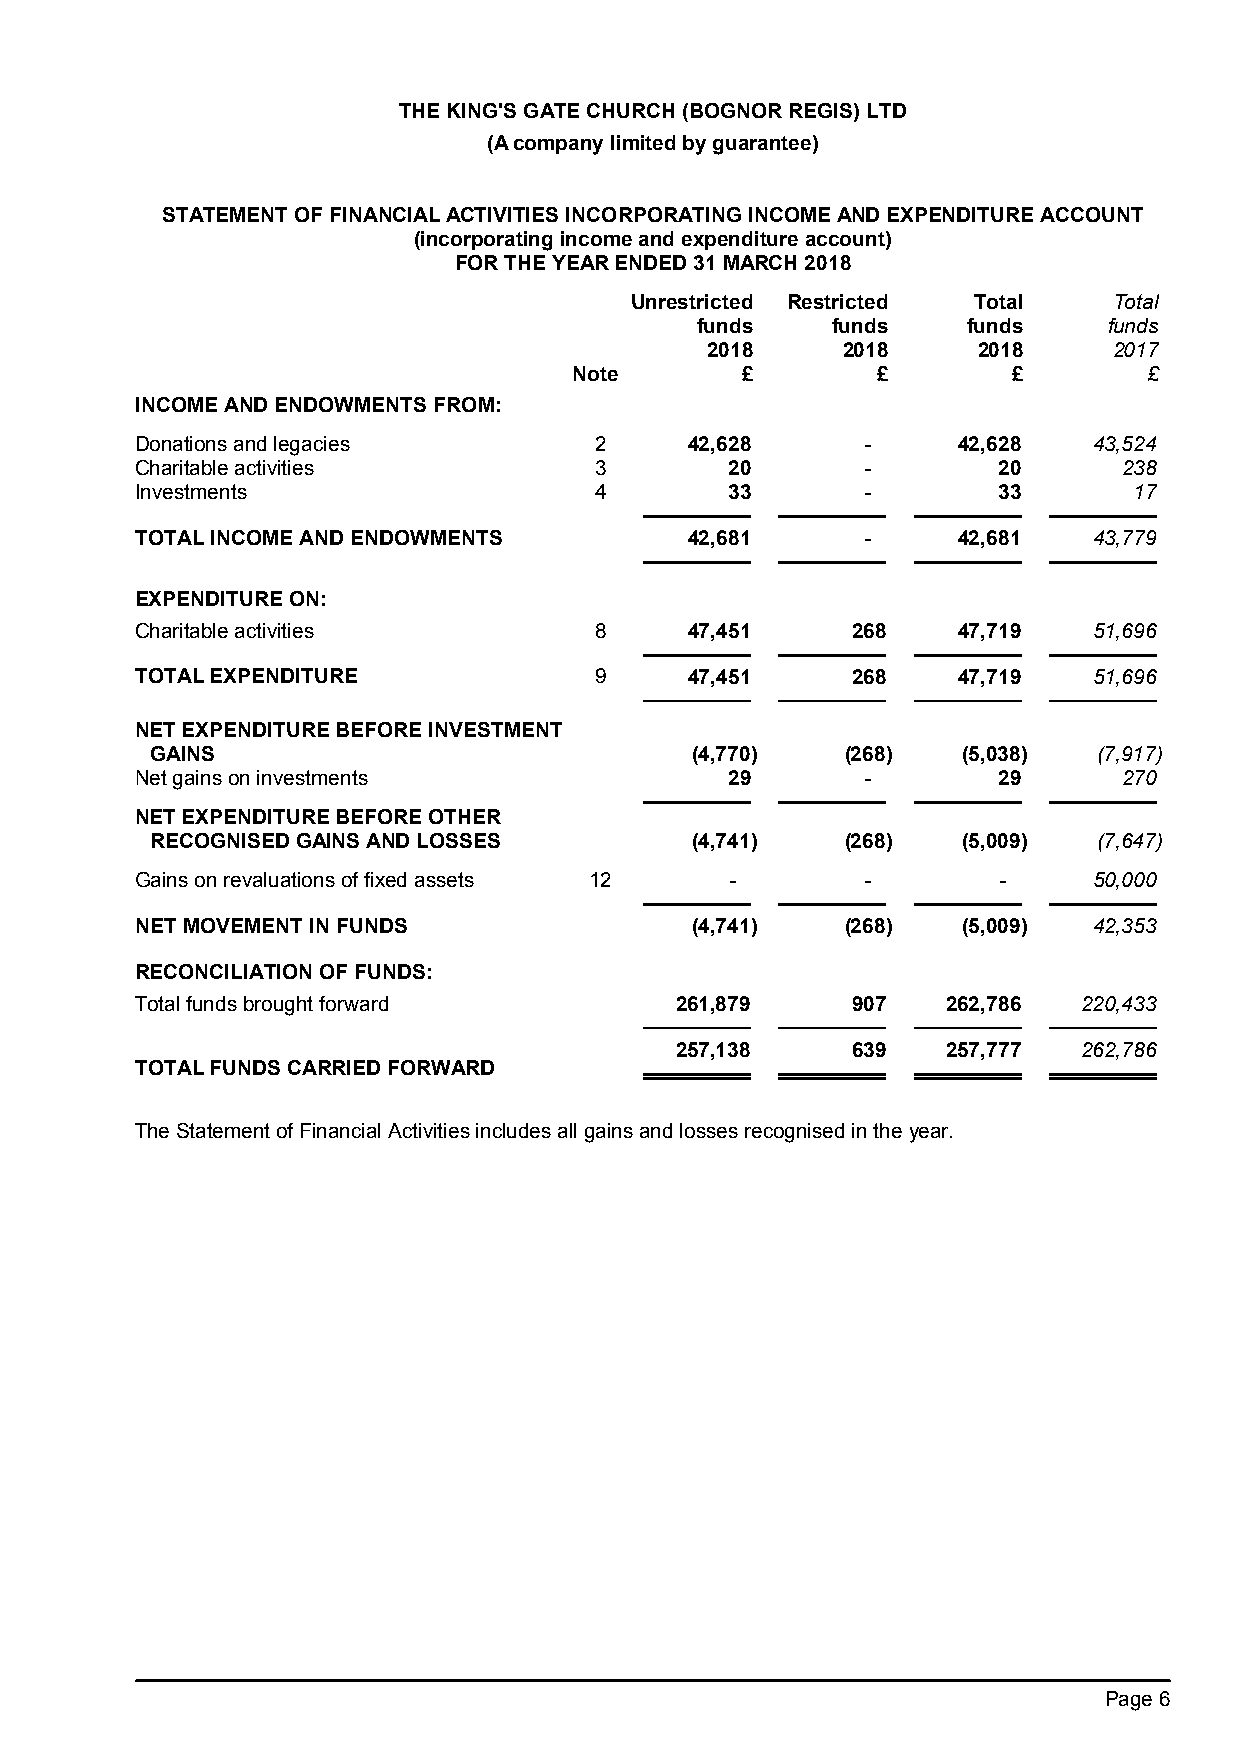
THE KING'S GATE CHURCH (BOGNOR REGIS) LTD
 (A company limited by guarantee)
 STATEMENT OF FINANCIAL ACTIVITIES INCORPORATING INCOME AND EXPENDITURE ACCOUNT
 (incorporating income and expenditure account)
 FOR THE YEAR ENDED 31 MARCH 2018
 Unrestricted Restricted Total   Total
 funds    funds    funds    funds
 2018     2018     2018     2017
 Note       £        £        £        £
 INCOME AND ENDOWMENTS FROM:
 Donations and legacies        2      42,628     -     42,628   43,524
 Charitable activities         3        20       -        20      238
 Investments                   4        33       -        33       17
 TOTAL INCOME AND ENDOWMENTS          42,681     -     42,681   43,779
 EXPENDITURE ON:
 Charitable activities         8      47,451    268    47,719   51,696
 TOTAL EXPENDITURE             9      47,451    268    47,719   51,696
 NET EXPENDITURE BEFORE INVESTMENT
 GAINS                               (4,770)   (268)   (5,038)  (7,917)
 Net gains on investments               29       -        29      270
 NET EXPENDITURE BEFORE OTHER
 RECOGNISED GAINS AND LOSSES         (4,741)   (268)   (5,009)  (7,647)
 Gains on revaluations of fixed assets 12 -      -        -     50,000
 NET MOVEMENT IN FUNDS                (4,741)   (268)   (5,009) 42,353
 RECONCILIATION OF FUNDS:
 Total funds brought forward         261,879    907    262,786  220,433
 257,138    639    257,777  262,786
 TOTAL FUNDS CARRIED FORWARD
 The Statement of Financial Activities includes all gains and losses recognised in the year.
 Page 6